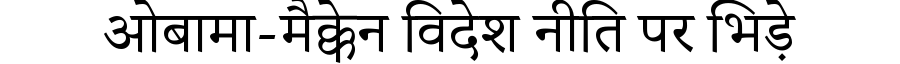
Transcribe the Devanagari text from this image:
ओबामा-मैक्केन विदेश नीति पर भिड़े